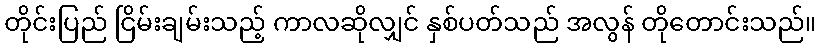
တိုင်းပြည် ငြိမ်းချမ်းသည့် ကာလဆိုလျှင် နှစ်ပတ်သည် အလွန် တိုတောင်းသည်။